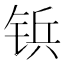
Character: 𲇿